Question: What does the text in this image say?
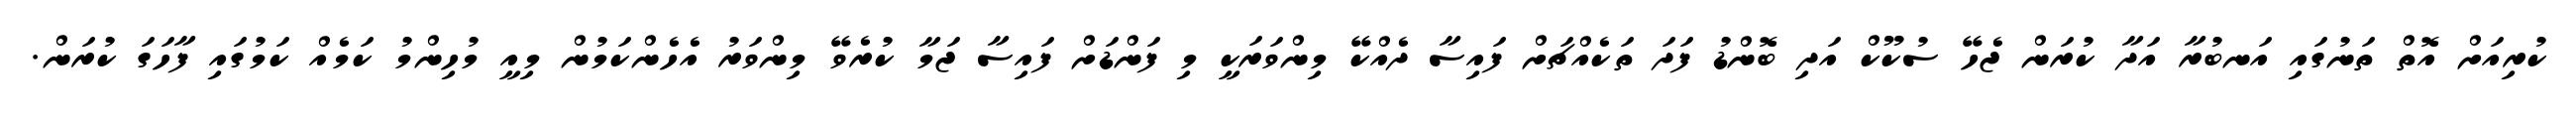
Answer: ކުރިއަށް އޮތް ތަނުގައި އަނބުރާ އަދާ ކުރަން ޖެހޭ ސުކޫކް އަދި ބޮންޑު ފަދަ ތަކެއްޗަށް ފައިސާ ދެއްކޭ މިންވަރަކީ މި ފަންޑަށް ފައިސާ ޖަމާ ކުރެވޭ މިންވަރު އެހެންކަމުން މިއީ މުހިންމު ކަމެއް ކަމުގައި ފާހަގަ ކުރަން.